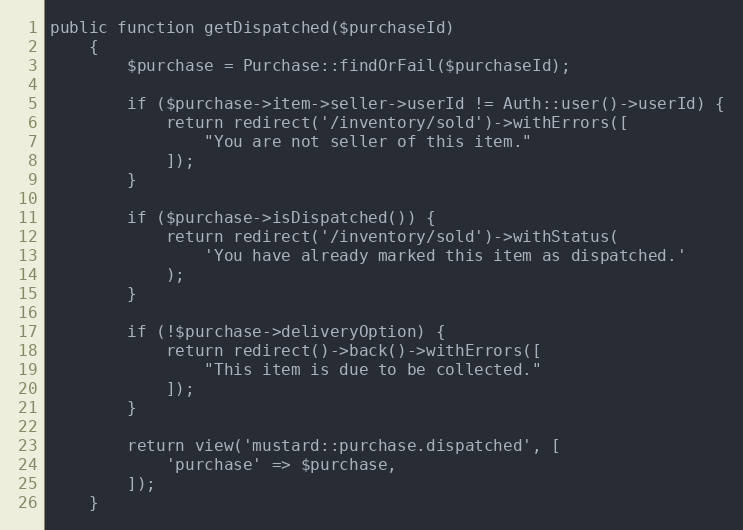
Language: PHP
public function getDispatched($purchaseId)
    {
        $purchase = Purchase::findOrFail($purchaseId);

        if ($purchase->item->seller->userId != Auth::user()->userId) {
            return redirect('/inventory/sold')->withErrors([
                "You are not seller of this item."
            ]);
        }

        if ($purchase->isDispatched()) {
            return redirect('/inventory/sold')->withStatus(
                'You have already marked this item as dispatched.'
            );
        }

        if (!$purchase->deliveryOption) {
            return redirect()->back()->withErrors([
                "This item is due to be collected."
            ]);
        }

        return view('mustard::purchase.dispatched', [
            'purchase' => $purchase,
        ]);
    }